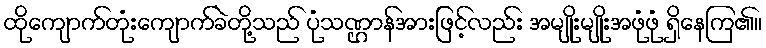
ထိုကျောက်တုံးကျောက်ခဲတို့သည် ပုံသဏ္ဌာန်အားဖြင့်လည်း အမျိုးမျိုးအဖုံဖုံ ရှိနေကြ၏။